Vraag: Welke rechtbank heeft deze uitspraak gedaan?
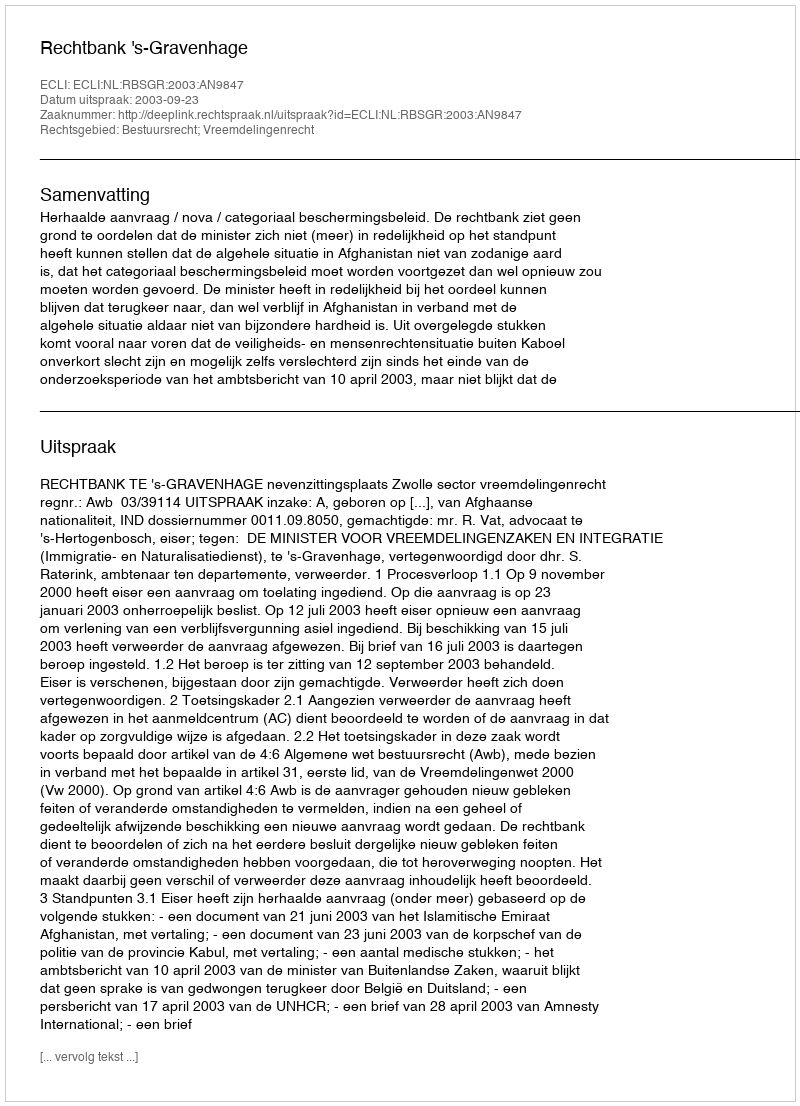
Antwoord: Rechtbank 's-Gravenhage